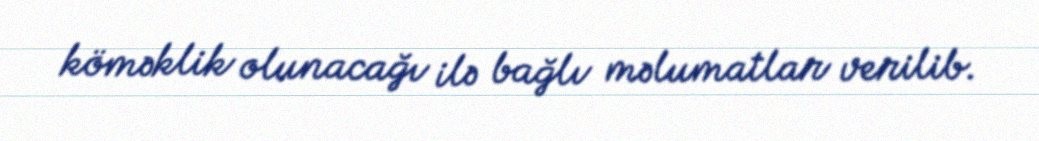
köməklik olunacağı ilə bağlı məlumatlar verilib.